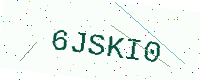
Text: 6JSKI0